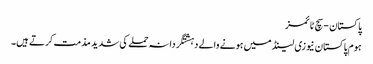
پاکستان - سچ ٹائمز
ہوم پاکستان نیوزی لینڈ میں ہونے والے دہشتگردانہ حملے کی شدید مذمت کرتے ہیں۔